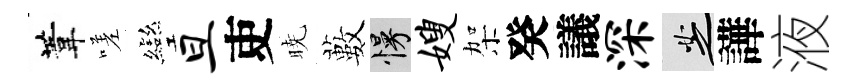
葦嗟彎旦吏暁藪慢嫂架癸議深芝譁液